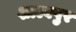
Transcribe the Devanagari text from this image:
शाल्वपुर